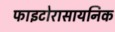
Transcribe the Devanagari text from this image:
फाइटोरासायनिक